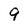
Character: 9